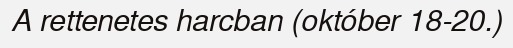
A rettenetes harcban (október 18-20.)